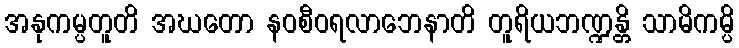
အနုကမ္ပတူတိ အဃတော နဝစီဝရလာဘေနာတိ တူရိယဘဏ္ဍန္တိ သာမိကမ္ပိ